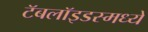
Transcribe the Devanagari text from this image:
टॅबलॉइडस्मध्ये